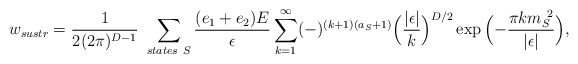
\begin{align*}w_{sustr} = {1\over 2(2\pi)^{D-1}}\ \sum_{states \ S}{(e_1+e_2)E\over \epsilon }\sum_{k=1}^{\infty} (-)^{(k+1)(a_{S}+1)}\Bigl({\vert\epsilon\vert\over k}\Bigr)^{D/2}\exp{\Bigl(-{\pi k m_S^{\ 2}\over \vert\epsilon\vert} \Bigr)},\end{align*}